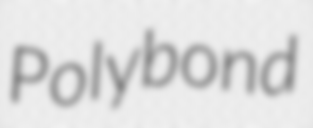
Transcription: Polybond